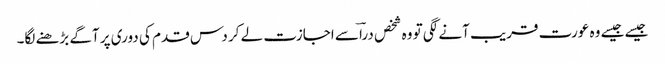
جیسے جیسے وہ عورت قریب آنے لگی تو وہ شخص دراؔ سے اجازت لے کر دس قدم کی دوری پر آگے بڑھنے لگا۔